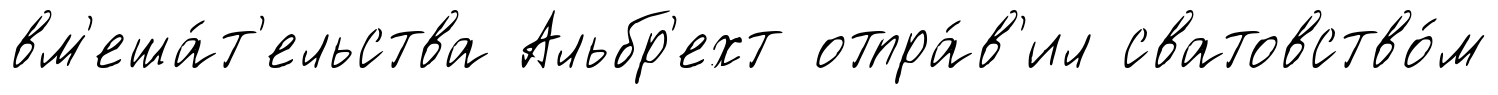
вм'еша́т'ельства Альбр'ехт отпра́в'ил сватовство́м